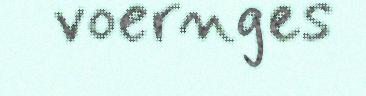
voernges